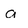
Character: a